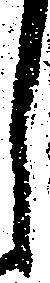
し